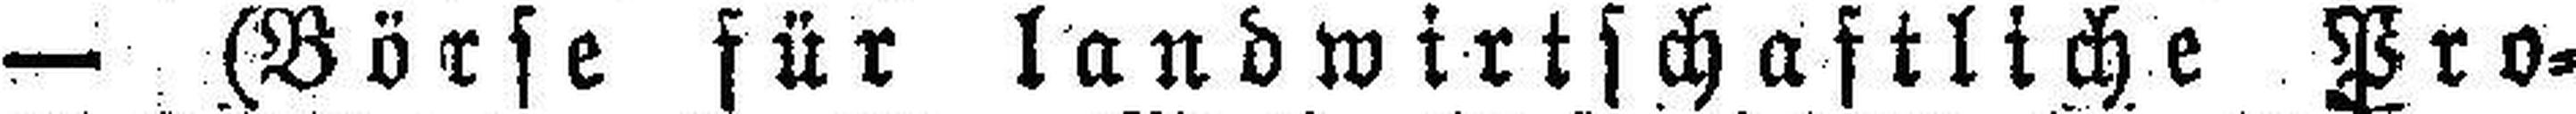
— (Börse für landwirtschaftliche Pro¬